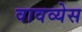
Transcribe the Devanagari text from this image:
वावव्येस